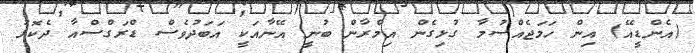
(އެންޑީއޭ) އިން ހަމަޖެއްސުމާ ގުޅިގެން އިމްރާން ބުނީ އޭނާއަކީ އަބަދުވެސް ޑްރަގްސްއާ ދެކޮޅު